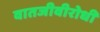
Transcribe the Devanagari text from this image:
वातजीवीरोधी